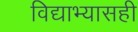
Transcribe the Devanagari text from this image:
विद्याभ्यासही